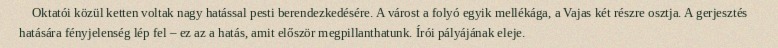
Oktatói közül ketten voltak nagy hatással pesti berendezkedésére. A várost a folyó egyik mellékága, a Vajas két részre osztja. A gerjesztés hatására fényjelenség lép fel – ez az a hatás, amit először megpillanthatunk. Írói pályájának eleje.